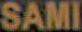
SAMI